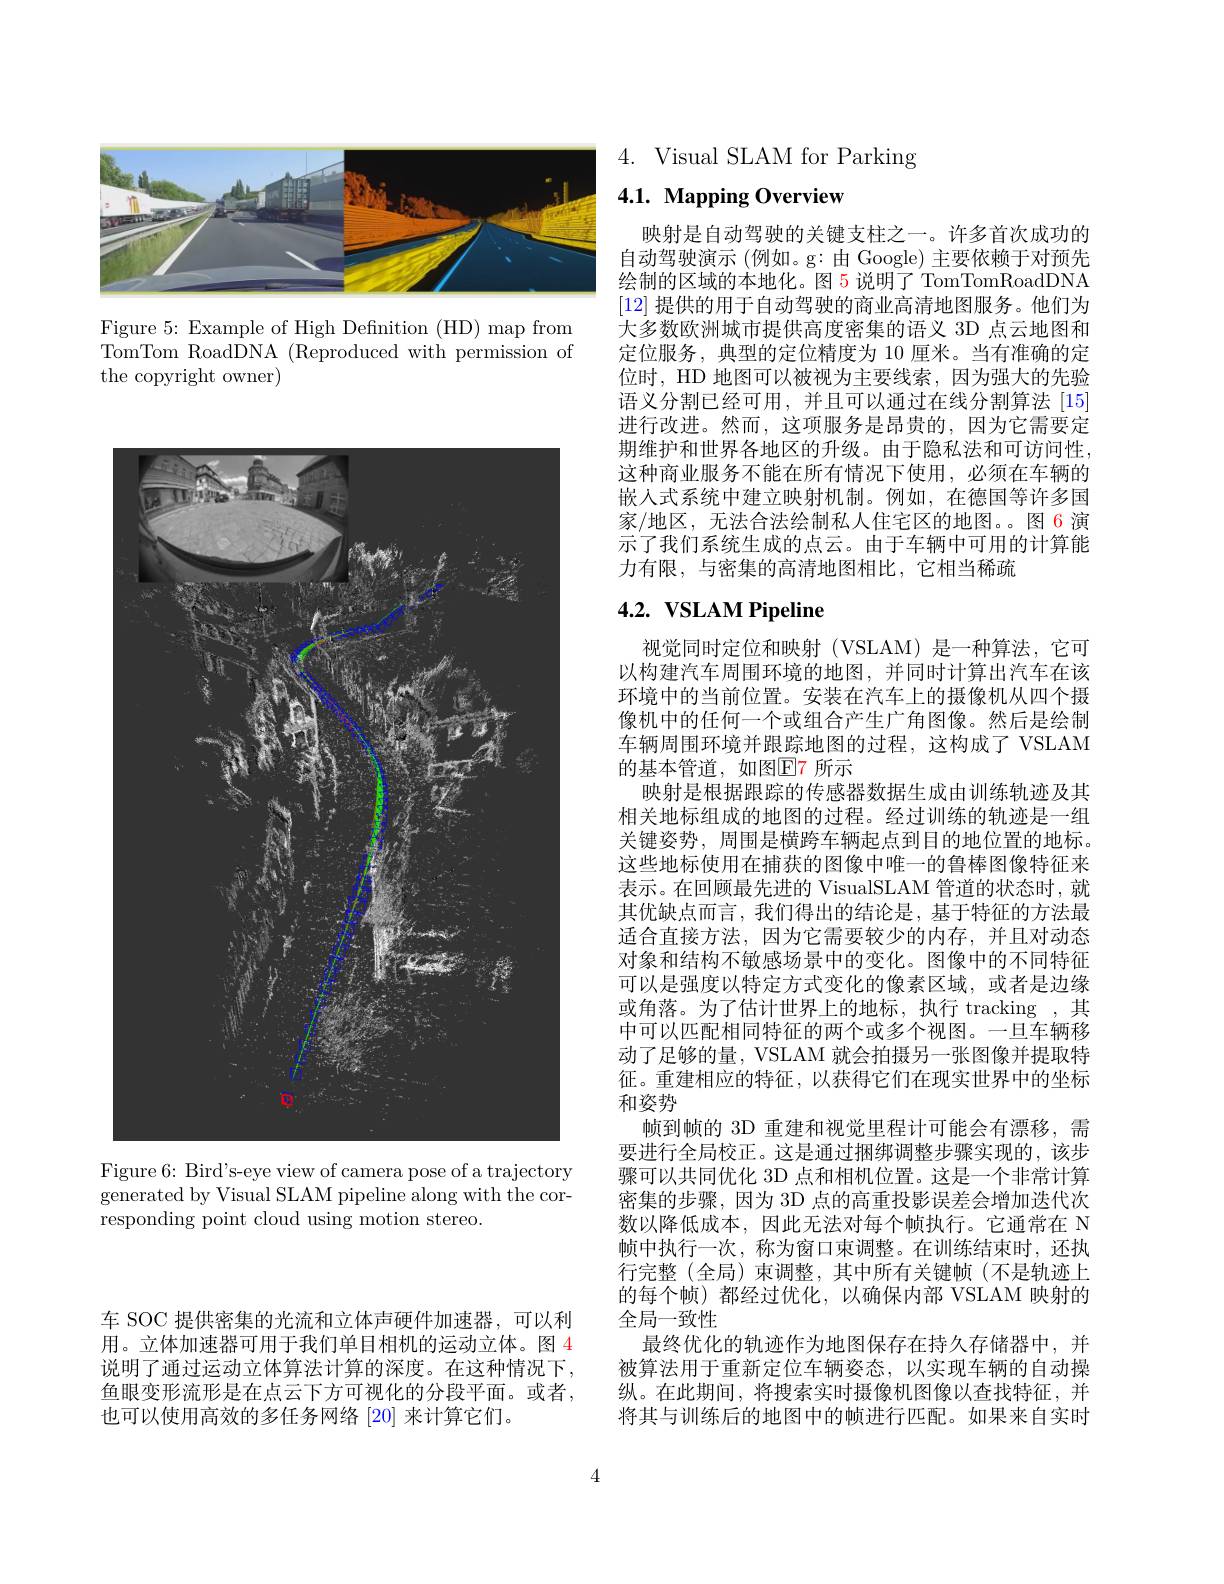
车 SOC 提供密集的光流和立体声硬件加速器，可以利用。立体加速器可用于我们单目相机的运动立体。图 4说明了通过运动立体算法计算的深度。在这种情况下， 鱼眼变形流形是在点云下方可视化的分段平面。或者， 也可以使用高效的多任务网络 [20] 来计算它们。

<FigureHere>

Figure 5: Example of High Defnition (HD) map from TomTom RoadDNA (Reproduced with permission of the copyright owner)

<FigureHere>

Figure 6: Bird's-eye view of camera pose of a trajectory generated by Visual SLAM pipeline along with the corresponding point cloud using motion stereo.

4. Visual SLAM for Parking

## $4. 1. \textbf{Mapping Overview}$

映射是自动驾驶的关键支柱之一。许多首次成功的自动驾驶演示 (例如。g:由 Google) 主要依赖于对预先绘制的区域的本地化。图 5 说明了 TomTomRoadDNA [12]提供的用于自动驾驶的商业高清地图服务。他们为大多数欧洲城市提供高度密集的语义 3D 点云地图和定位服务，典型的定位精度为 10 厘米。当有准确的定位时，HD 地图可以被视为主要线索，因为强大的先验语义分割已经可用，并且可以通过在线分割算法[15] 进行改进。然而，这项服务是昂贵的，因为它需要定期维护和世界各地区的升级。由于隐私法和可访问性， 这种商业服务不能在所有情况下使用，必须在车辆的嵌入式系统中建立映射机制。例如，在德国等许多国家/地区，无法合法绘制私人住宅区的地图。。图 6 演示了我们系统生成的点云。由于车辆中可用的计算能力有限，与密集的高清地图相比，它相当稀疏

# $4. 2. \textbf{ VSLAM Pipeline}$

视觉同时定位和映射(VSLAM)是一种算法，它可以构建汽车周围环境的地图，并同时计算出汽车在该环境中的当前位置。安装在汽车上的摄像机从四个摄像机中的任何一个或组合产生广角图像。然后是绘制车辆周围环境并跟踪地图的过程，这构成了 VSLAM 的基本管道，如图$\mathbb{E}$7 所示
映射是根据跟踪的传感器数据生成由训练轨迹及其相关地标组成的地图的过程。经过训练的轨迹是一组关键姿势，周围是横跨车辆起点到目的地位置的地标。这些地标使用在捕获的图像中唯一的鲁棒图像特征来表示。在回顾最先进的 VisualSLAM 管道的状态时，就其优缺点而言，我们得出的结论是，基于特征的方法最适合直接方法，因为它需要较少的内存，并且对动态对象和结构不敏感场景中的变化。图像中的不同特征可以是强度以特定方式变化的像素区域，或者是边缘或角落。为了估计世界上的地标，执行 tracking ,其中可以匹配相同特征的两个或多个视图。一旦车辆移动了足够的量，VSLAM 就会拍摄另一张图像并提取特征。重建相应的特征，以获得它们在现实世界中的坐标和姿势
帧到帧的 3D 重建和视觉里程计可能会有漂移，需要进行全局校正。这是通过捆绑调整步骤实现的，该步骤可以共同优化 3D 点和相机位置。这是一个非常计算密集的步骤，因为 3D 点的高重投影误差会增加迭代次数以降低成本，因此无法对每个帧执行。它通常在 N 帧中执行一次，称为窗口束调整。在训练结束时，还执行完整(全局)束调整，其中所有关键帧(不是轨迹上的每个帧)都经过优化，以确保内部 VSLAM 映射的全局一致性
最终优化的轨迹作为地图保存在持久存储器中，并被算法用于重新定位车辆姿态，以实现车辆的自动操纵。在此期间，将搜索实时摄像机图像以查找特征，并将其与训练后的地图中的帧进行匹配。如果来自实时

4